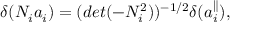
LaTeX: \delta ( N _ { i } a _ { i } ) = ( d e t ( - N _ { i } ^ { 2 } ) ) ^ { - 1 / 2 } \delta ( a _ { i } ^ { \parallel } ) ,